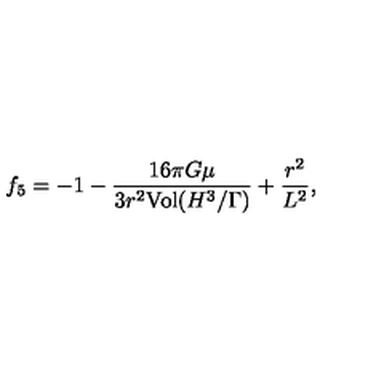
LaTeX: { f _ { 5 } } = - 1 - { \frac { 1 6 \pi G \mu } { 3 r ^ { 2 } \mathrm { { V o l } } ( { H ^ { 3 } } / { \Gamma } ) } } + { \frac { r ^ { 2 } } { L ^ { 2 } } } ,